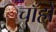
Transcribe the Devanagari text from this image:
चाँहों